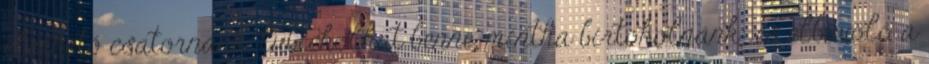
elérhető csatornánk. lubickolhat benne, mintha birtokolnánk: és elbűvölő a